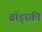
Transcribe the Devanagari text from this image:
ब्रॉड्स्की